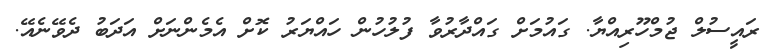
ރައީސުލް ޖުމްހޫރިއްޔާ. ގައުމަށް ގައްދާރުވާ ފުލުހުން ހައްޔަރު ކޮށް އެމެންނަށް އަދަބު ދެވޭނެއޭ.